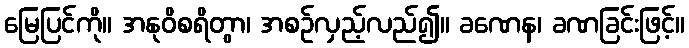
မြေပြင်ကို။ အနုဝိစရိတွာ၊ အစဉ်လှည့်လည်၍။ ခဏေန၊ ခဏခြင်းဖြင့်။